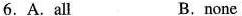
6.A. All B.none